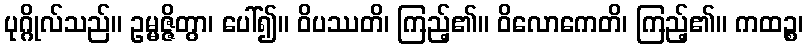
ပုဂ္ဂိုလ်သည်။ ဥမ္မဇ္ဇိတွာ၊ ပေါ်၍။ ဝိပဿတိ၊ ကြည့်၏။ ဝိလောကေတိ၊ ကြည့်၏။ ကထဉ္စ၊